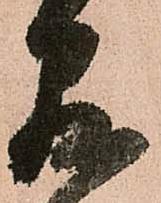
存